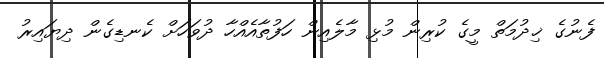
ފެނުގެ ޚިދުމަތް މީގެ ކުރިން މުޅި މާލެއިން ހަފުތާއެއްހާ ދުވަހަށް ކެނޑިގެން ދިޔައިރު